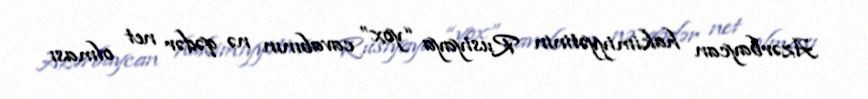
Azərbaycan hakimiyyətinin Rusiyaya “yox” cavabının nə qədər net olması